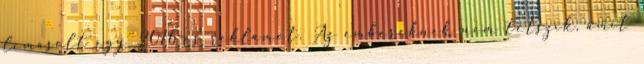
lemásolt egy 2016-os reklámot. Az embereknek nem tetszik, amit